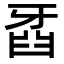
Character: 𤘍